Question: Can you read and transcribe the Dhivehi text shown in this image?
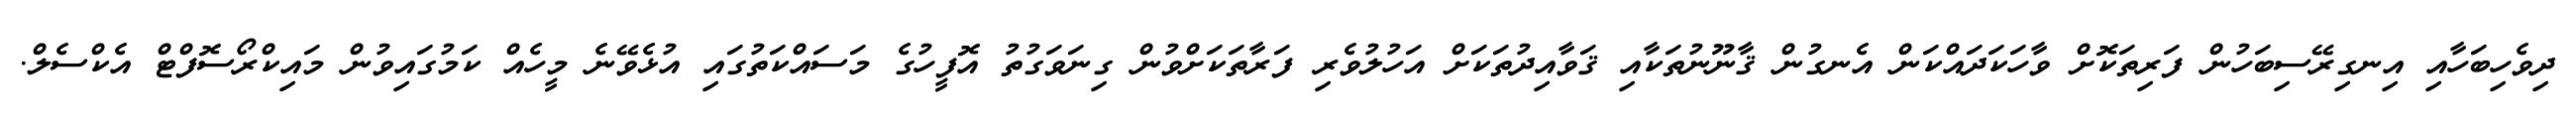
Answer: ދިވެހިބަހާއި އިނގިރޭސިބަހުން ފަރިތަކޮށް ވާހަކަދައްކަން އެނގުން ޤާނޫނުތަކާއި ޤަވާއިދުތަކަށް އަހުލުވެރި ފަރާތަކަށްވުން ގިނަވަގުތު އޮފީހުގެ މަސައްކަތުގައި އުޅެވޭނެ މީހެއް ކަމުގައިވުން މައިކްރޯސޮފްޓް އެކްސެލް.